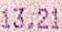
13.21